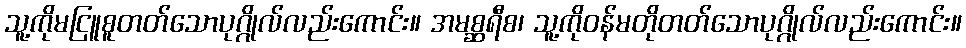
သူ့ကိုမငြူစူတတ်သောပုဂ္ဂိုလ်လည်းကောင်း။ အမစ္ဆရီစ၊ သူ့ကိုဝန်မတိုတတ်သောပုဂ္ဂိုလ်လည်းကောင်း။